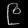
Digit: ၉